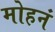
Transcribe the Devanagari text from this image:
मोहनं